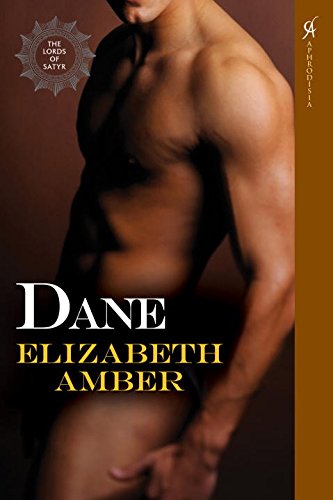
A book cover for Dane: Lords of Satyr; Elizabeth Amber; Romance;